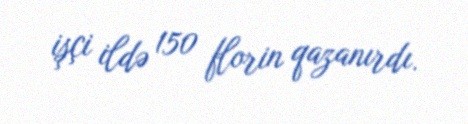
işçi ildə 150 florin qazanırdı.